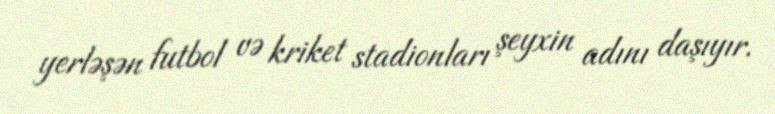
yerləşən futbol və kriket stadionları şeyxin adını daşıyır.